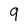
Character: 9